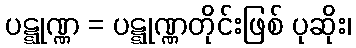
ပဋ္ဋုဏ္ဏ = ပဋ္ဋုဏ္ဏတိုင်းဖြစ် ပုဆိုး၊